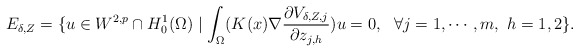
\begin{align*}E_{\delta,Z}=\{u\in W^{2,p}\cap H^1_0(\Omega)\mid \int_{\Omega}(K(x)\nabla \frac{\partial V_{\delta, Z,j}}{\partial z_{j,h}})u=0,\ \ \forall j=1,\cdots,m,\ h=1,2\}.\end{align*}